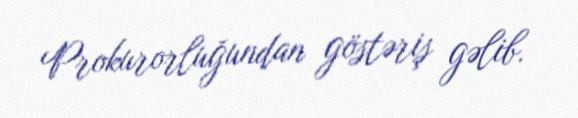
Prokurorluğundan göstəriş gəlib.